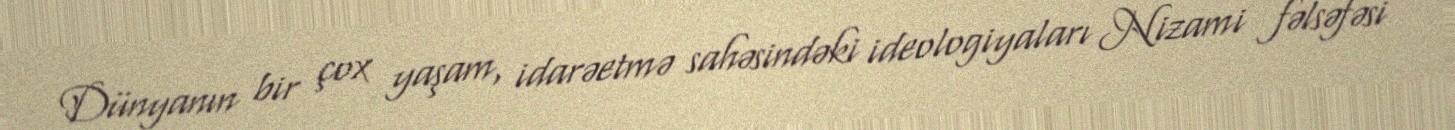
Dünyanın bir çox yaşam, idarəetmə sahəsindəki ideologiyaları Nizami fəlsəfəsi